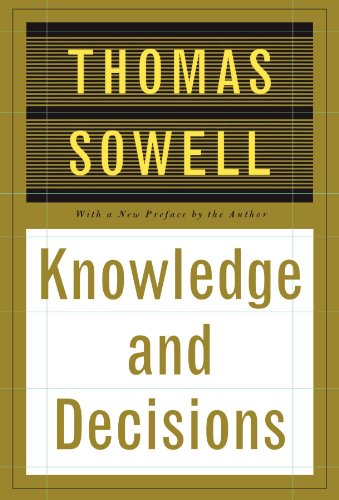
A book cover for Knowledge And Decisions; Thomas Sowell; Politics & Social Sciences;